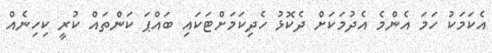
އެކަމަކު ހަމަ އެންމެ އެދުމަކަށް ދެކޮޅު ހެދިކަމަށްޓަކައި ބައްޕަ ކަންތައް ކުރީ ކިހިނެއް